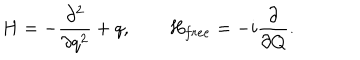
H = - { \frac { \partial ^ { 2 } } { \partial q ^ { 2 } } } + q , ~ ~ H _ { f r e e } = - i { \frac \partial { \partial Q } } .